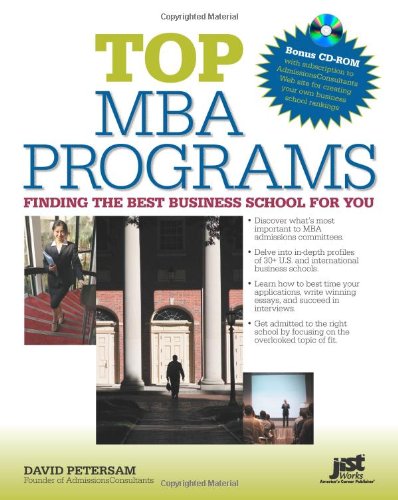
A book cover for Top MBA Programs W/CD-ROM: Finding the Best Business School for You; David Petersam; Education & Teaching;